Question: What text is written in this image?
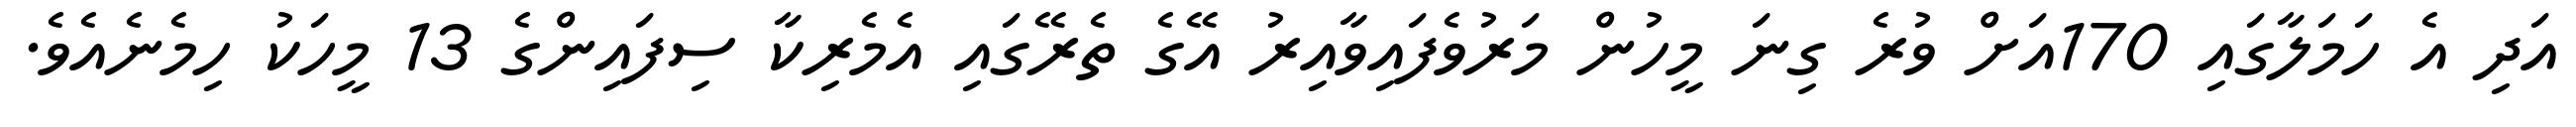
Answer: އަދި އެ ހަމަލާގައި 170އަށް ވުރެ ގިނަ މީހުން މަރުވެފައިވާއިރު އޭގެ ތެރޭގައި އެމެރިކާ ސިފައިންގެ 13 މީހަކު ހިމެނެއެވެ.